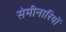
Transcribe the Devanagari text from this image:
सेमीनारियों